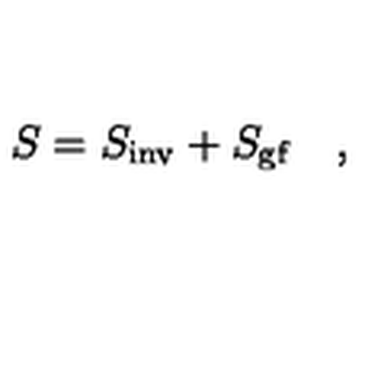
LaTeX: S = S _ { \mathrm { \small i n v } } + S _ { \mathrm { \small g f } } \quad ,